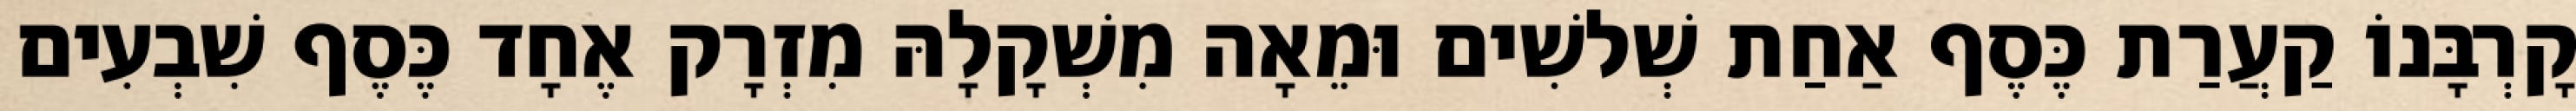
קָרְבָּנוֹ קַעֲרַת כֶּסֶף אַחַת שְׁלשִׁים וּמֵאָה מִשְׁקָלָהּ מִזְרָק אֶחָד כֶּסֶף שִׁבְעִים